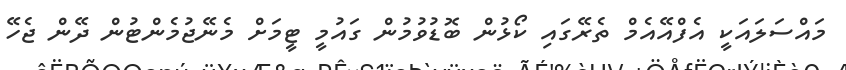
މައްސަލައަކީ އެފްއޭއެމް ތެރޭގައި ކޯޅުން ބޮޑުވުމުން ގައުމީ ޓީމަށް މެނޭޖުމެންޓުން ދޭން ޖެހޭ